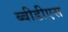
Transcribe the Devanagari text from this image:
ब्बीडीएस